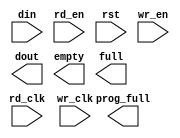
module rx_packet_ctrl_fifo(
	din,
	rd_clk,
	rd_en,
	rst,
	wr_clk,
	wr_en,
	dout,
	empty,
	full,
	prog_full);


input [47 : 0] din;
input rd_clk;
input rd_en;
input rst;
input wr_clk;
input wr_en;
output [47 : 0] dout;
output empty;
output full;
output prog_full;

// synthesis translate_off

      FIFO_GENERATOR_V4_4 #(
		.C_COMMON_CLOCK(0),
		.C_COUNT_TYPE(0),
		.C_DATA_COUNT_WIDTH(4),
		.C_DEFAULT_VALUE("BlankString"),
		.C_DIN_WIDTH(48),
		.C_DOUT_RST_VAL("0"),
		.C_DOUT_WIDTH(48),
		.C_ENABLE_RLOCS(0),
		.C_FAMILY("virtex5"),
		.C_FULL_FLAGS_RST_VAL(1),
		.C_HAS_ALMOST_EMPTY(0),
		.C_HAS_ALMOST_FULL(0),
		.C_HAS_BACKUP(0),
		.C_HAS_DATA_COUNT(0),
		.C_HAS_INT_CLK(0),
		.C_HAS_MEMINIT_FILE(0),
		.C_HAS_OVERFLOW(0),
		.C_HAS_RD_DATA_COUNT(0),
		.C_HAS_RD_RST(0),
		.C_HAS_RST(1),
		.C_HAS_SRST(0),
		.C_HAS_UNDERFLOW(0),
		.C_HAS_VALID(0),
		.C_HAS_WR_ACK(0),
		.C_HAS_WR_DATA_COUNT(0),
		.C_HAS_WR_RST(0),
		.C_IMPLEMENTATION_TYPE(2),
		.C_INIT_WR_PNTR_VAL(0),
		.C_MEMORY_TYPE(2),
		.C_MIF_FILE_NAME("BlankString"),
		.C_MSGON_VAL(1),
		.C_OPTIMIZATION_MODE(0),
		.C_OVERFLOW_LOW(0),
		.C_PRELOAD_LATENCY(0),
		.C_PRELOAD_REGS(1),
		.C_PRIM_FIFO_TYPE("512x72"),
		.C_PROG_EMPTY_THRESH_ASSERT_VAL(4),
		.C_PROG_EMPTY_THRESH_NEGATE_VAL(5),
		.C_PROG_EMPTY_TYPE(0),
		.C_PROG_FULL_THRESH_ASSERT_VAL(12),
		.C_PROG_FULL_THRESH_NEGATE_VAL(11),
		.C_PROG_FULL_TYPE(1),
		.C_RD_DATA_COUNT_WIDTH(4),
		.C_RD_DEPTH(16),
		.C_RD_FREQ(1),
		.C_RD_PNTR_WIDTH(4),
		.C_UNDERFLOW_LOW(0),
		.C_USE_DOUT_RST(1),
		.C_USE_ECC(0),
		.C_USE_EMBEDDED_REG(0),
		.C_USE_FIFO16_FLAGS(0),
		.C_USE_FWFT_DATA_COUNT(0),
		.C_VALID_LOW(0),
		.C_WR_ACK_LOW(0),
		.C_WR_DATA_COUNT_WIDTH(4),
		.C_WR_DEPTH(16),
		.C_WR_FREQ(1),
		.C_WR_PNTR_WIDTH(4),
		.C_WR_RESPONSE_LATENCY(1))
	inst (
		.DIN(din),
		.RD_CLK(rd_clk),
		.RD_EN(rd_en),
		.RST(rst),
		.WR_CLK(wr_clk),
		.WR_EN(wr_en),
		.DOUT(dout),
		.EMPTY(empty),
		.FULL(full),
		.OVERFLOW(),
		.PROG_FULL(prog_full),
		.CLK(0),
		.INT_CLK(0),
		.BACKUP(0),
		.BACKUP_MARKER(0),
		.PROG_EMPTY_THRESH(0),
		.PROG_EMPTY_THRESH_ASSERT(0),
		.PROG_EMPTY_THRESH_NEGATE(0),
		.PROG_FULL_THRESH(0),
		.PROG_FULL_THRESH_ASSERT(0),
		.PROG_FULL_THRESH_NEGATE(0),
		.RD_RST(0),
		.SRST(0),
		.WR_RST(0),
		.ALMOST_EMPTY(),
		.ALMOST_FULL(),
		.DATA_COUNT(),
		.PROG_EMPTY(),
		.VALID(),
		.RD_DATA_COUNT(),
		.UNDERFLOW(),
		.WR_ACK(),
		.WR_DATA_COUNT(),
		.SBITERR(),
		.DBITERR());


// synthesis translate_on

endmodule